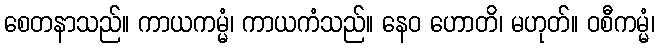
စေတနာသည်။ ကာယကမ္မံ၊ ကာယကံသည်။ နေဝ ဟောတိ၊ မဟုတ်။ ဝစီကမ္မံ၊